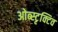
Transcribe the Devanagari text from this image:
ओब्स्टृक्टिव